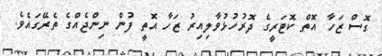
ގޮސް ޒަހާ އޮތް ކޮޓަރީގެ ދޮރުހުޅުވާލިއިރު ޒަހާ އޮތީ ފުން ނިންޖެއްގެ ތެރޭގައެވެ.